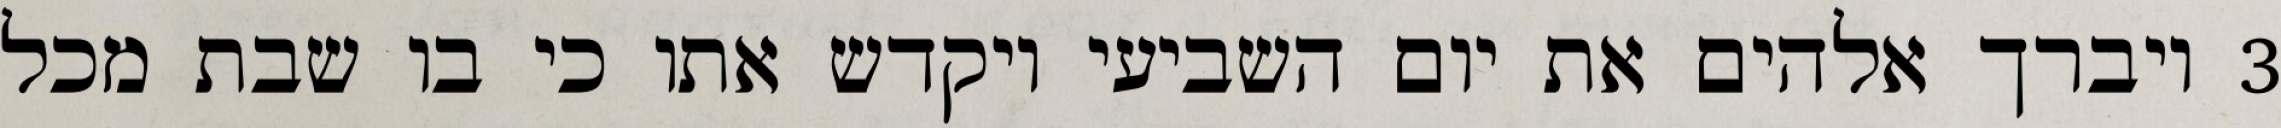
‎3‏ ויברך אלהים את יום השביעי ויקדש אתו כי בו שבת מכל